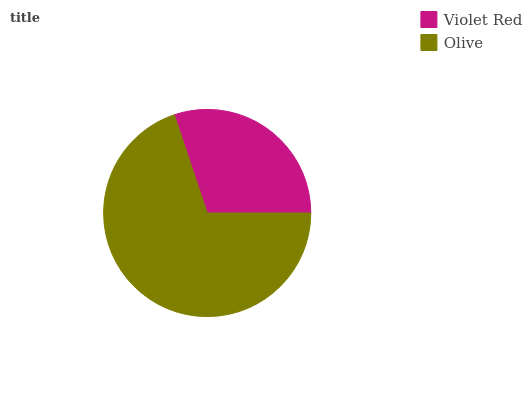
| Violet Red | Olive |
 | --- | --- |
 | 30.1% | 69.9% |